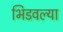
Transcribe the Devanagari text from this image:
भिडवल्या